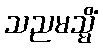
သညမသ္မိံ